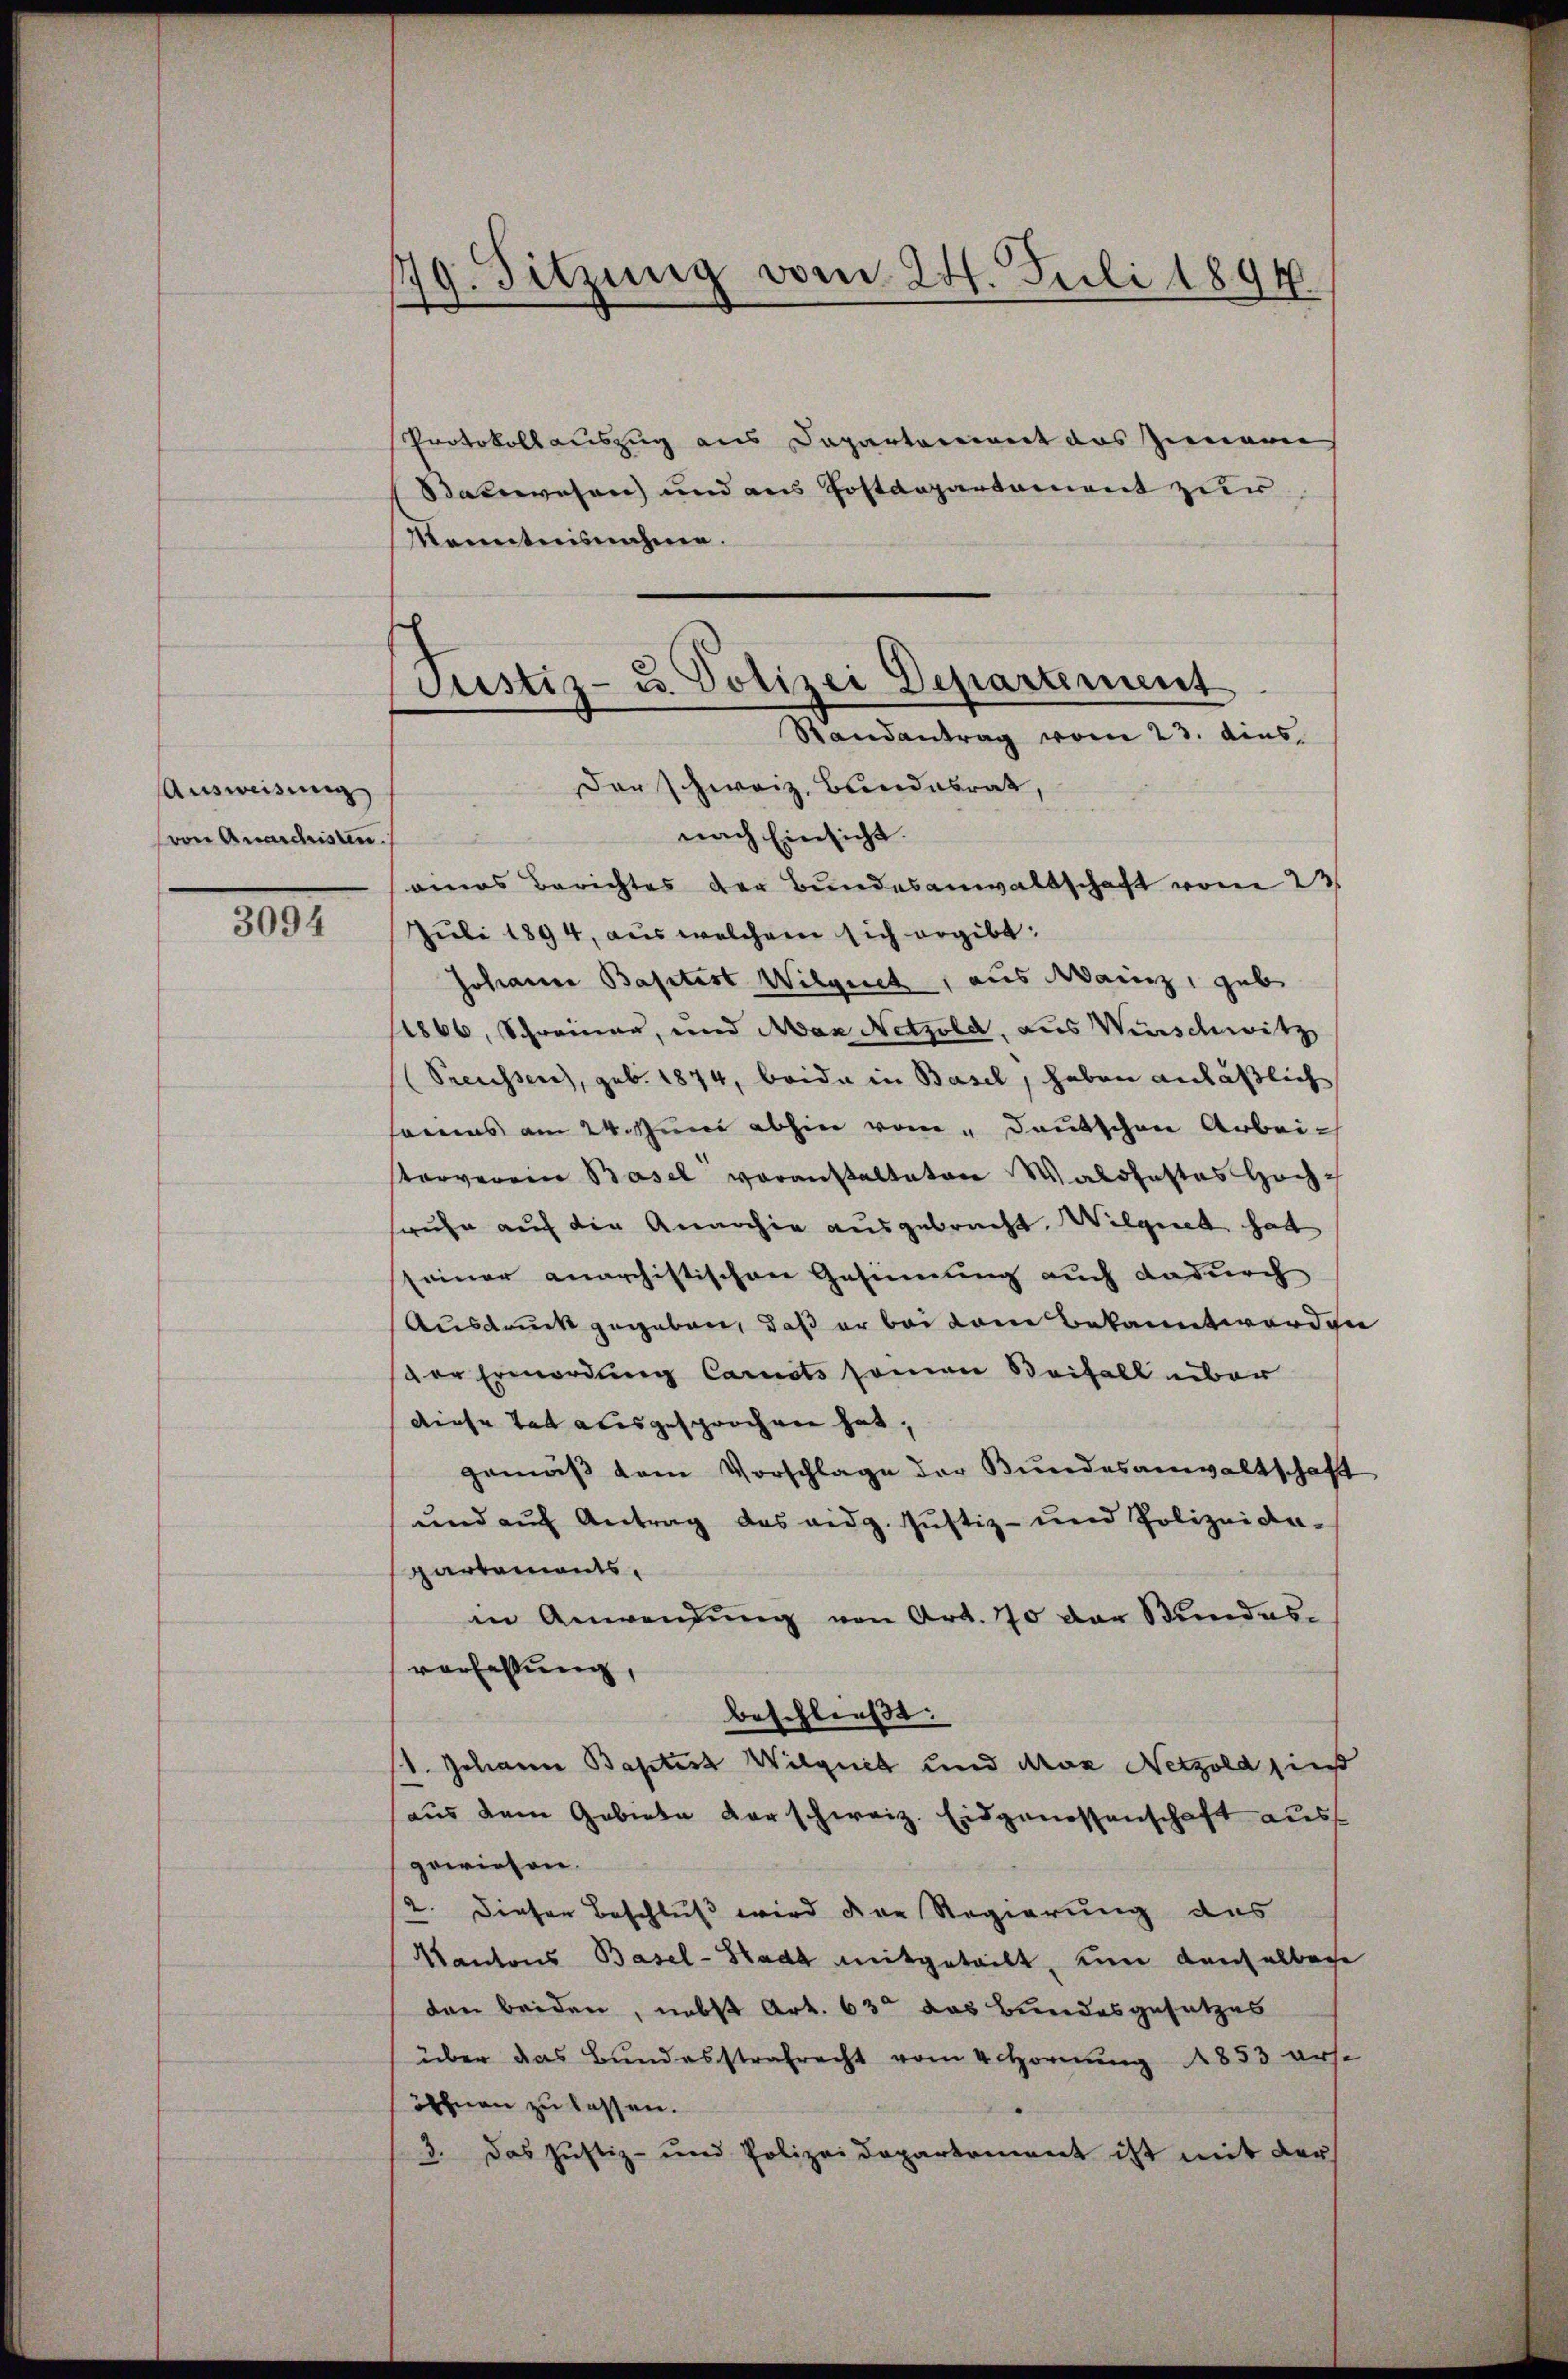
Ausweisung
von Quarchristen.

3094

9. Sitzung vom 24. Juli 1894.
s

Justiz- u. Polizei Departement
Randantrag vom 23. dies

Protokollauszug aus Departement des Innern
Satswesen und aus Postdepartament zur
Kenntnisnahme.
Der schweiz. Bundesrat,
nach Einsicht.
eines Berichtes der Bundesanwaltschaft vom 23.
Juli 1894, aus welchem sich ergibt:
Johann Baptist Wilgnet, aus Wainz, gab
1866, Schreinau, und Man Netzold, aus Wirschwitz
(Preusser, geb. 1874, beide in Basel, haben anläßlich
ainas am 24. Juni abhin vom "Deutschen Arbeitorverein Basel voranstalteten Waldhaftes Hochsruhe auf die Anarchiv ausgebracht. Wilgeret hat
seiner anarchistischen Gesinnung auch dadurch
Ausdruck gegeben, daß er bei kam bekannt werden
der Ermordung Carnets seien Beifall über
diese Tat ausgesprochen hat,
gemäß dem Vorschlage der Bundesanwaltschaft
und auf Antrag des eidg. Justiz- und Polizeida-
partements.
in Anwendung von Art. 70 der Bundesverfassung,
beschließt:
1. Johann Baptist Wilquet und Max Netzold hieß
aus dem Gebiete darschweiz. Eidgenossenschaft aus
gewiesen.
2. Dieser Beschluß wird der Regierung des
Kantons Basel-Stadt mitgeteilt, um danchelbare
den beiden, nebst Art. 63 das Bundesgesetzes
über das Bundesstrafrecht vom 4 Hornung 1853 erst
ehnen zu lassen.
3. Das Justiz- und Polizeidepartement ist mit der